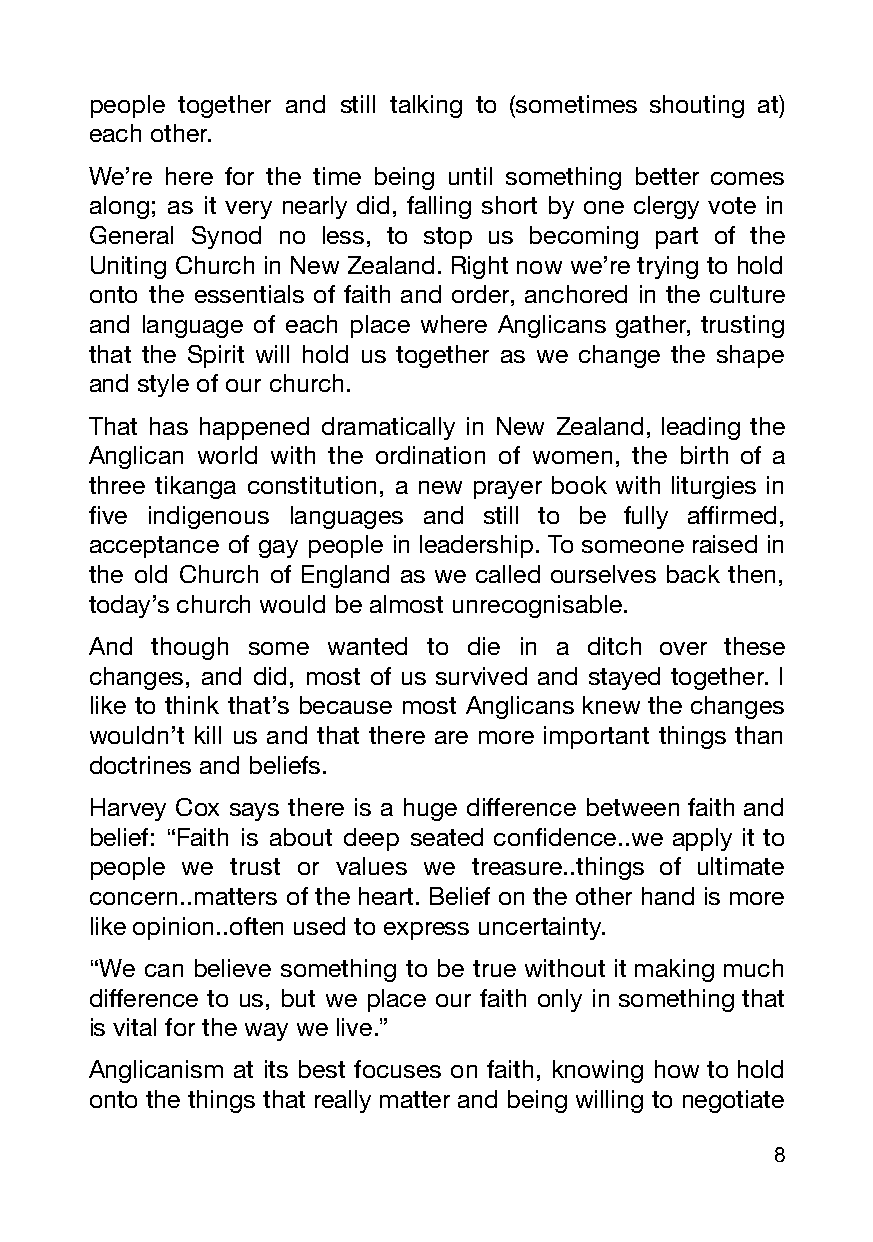
people together and still talking to (sometimes shouting at)
 each other.
 We’re here for the time being until something better comes
 along; as it very nearly did, falling short by one clergy vote in
 General Synod no less, to stop us becoming part of the
 Uniting Church in New Zealand. Right now we’re trying to hold
 onto the essentials of faith and order, anchored in the culture
 and language of each place where Anglicans gather, trusting
 that the Spirit will hold us together as we change the shape
 and style of our church.
 That has happened dramatically in New Zealand, leading the
 Anglican world with the ordination of women, the birth of a
 three tikanga constitution, a new prayer book with liturgies in
 five indigenous languages and still to be fully affirmed,
 acceptance of gay people in leadership. To someone raised in
 the old Church of England as we called ourselves back then,
 today’s church would be almost unrecognisable.
 And though some wanted to die in a ditch over these
 changes, and did, most of us survived and stayed together. I
 like to think that’s because most Anglicans knew the changes
 wouldn’t kill us and that there are more important things than
 doctrines and beliefs.
 Harvey Cox says there is a huge difference between faith and
 belief: “Faith is about deep seated confidence..we apply it to
 people we trust or values we treasure..things of ultimate
 concern..matters of the heart. Belief on the other hand is more
 like opinion..often used to express uncertainty.
 “We can believe something to be true without it making much
 difference to us, but we place our faith only in something that
 is vital for the way we live.”
 Anglicanism at its best focuses on faith, knowing how to hold
 onto the things that really matter and being willing to negotiate
 8